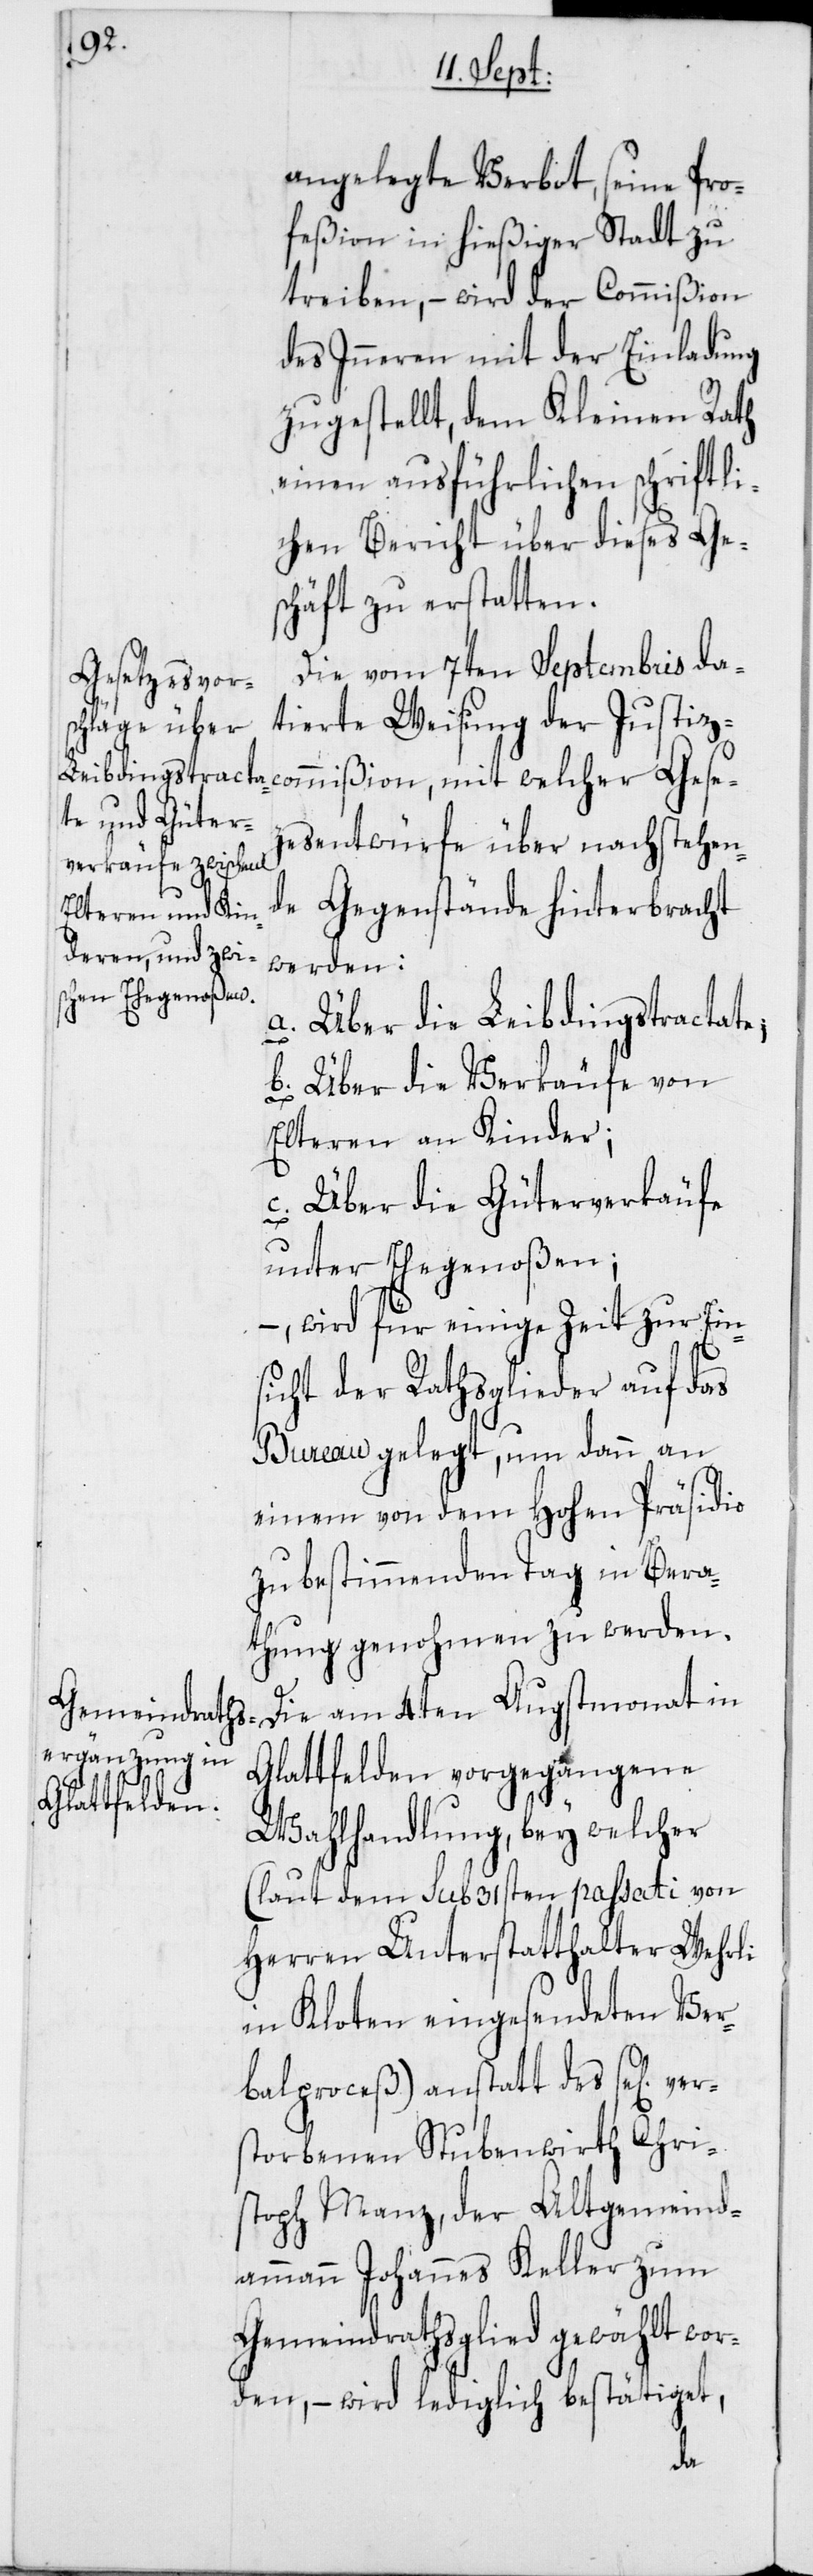
angelegte Verbot, seine Pro¬
feßion in hießiger Stadt zu
treiben, – wird der Commißion
des Inneren mit der Einladung
zugestellt, dem Kleinen Rath
einen ausführlichen schriftli¬
chen Bericht über dieses Ge¬
schäft zu erstatten.
Die vom 7ten Septembris da¬
tierte Weisung der Justizc¬
ommißion, mit welcher Geset¬
zesentwürfe über nachstehen¬
de Gegenstände hinterbracht
werden:
a) Über die Leibdingstractate;
b) Über die Verkäufe von
Elteren an Kinder;
c) Über die Güterverkäufe
unter Ehegenoßen;
wird für einige Zeit zur Ein¬
sicht der Rathsglieder auf das
Bureau gelegt, um dann an
einem von dem Hohen Präsidio
zu bestimmenden Tag in Bera¬
thung genohmen zu werden.
Die am 4ten Augstmonat in
Glattfelden vorgegangene
Wahlhandlung, bey welcher
(laut dem sub 31sten passati von
Herren Unterstatthalter Wehrli
in Kloten eingesendeten Ver¬
balproceß) anstatt des se[lig] v¬
storbenen Stubenwirth Chris¬
toph Manz, der Altgemeind¬
ammannJohannes Keller zum
Gemeindrathsglied gewählt wor¬
den, – wird lediglich bestätiget,
er¬